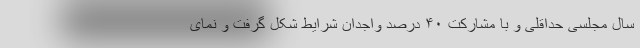
سال مجلسی حداقلی و با مشارکت ۴۰ درصد واجدان شرایط شکل گرفت و نمای